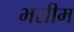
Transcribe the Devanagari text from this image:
भसीम